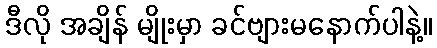
ဒီလို အချိန် မျိုးမှာ ခင်ဗျားမနောက်ပါနဲ့။